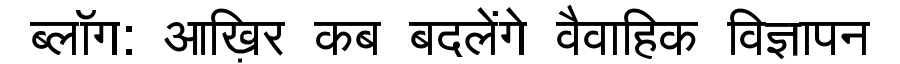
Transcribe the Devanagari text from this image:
ब्लॉग: आख़िर कब बदलेंगे वैवाहिक विज्ञापन